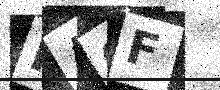
Text: PAOF